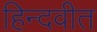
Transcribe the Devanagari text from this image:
हिन्दवीत